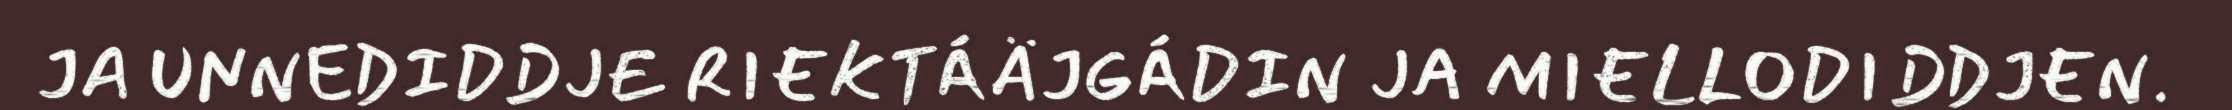
JA UNNEDIDDJE RIEKTÁÄJGÁDIN JA MIELLODIDDJEN.